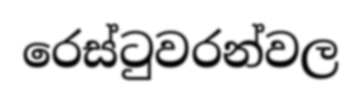
රෙස්ටුවරන්වල